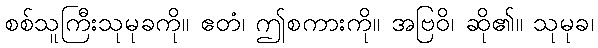
စစ်သူကြီးသုမုခကို။ ဧတံ၊ ဤစကားကို။ အဗြဝိ၊ ဆို၏။ သုမုခ၊